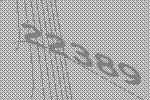
22389